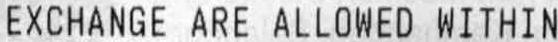
EXCHANGE ARE ALLOWED WITHIN